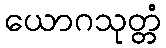
ယောဂသုတ္တံ